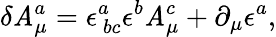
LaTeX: \delta\mathit{A}_{\mu}^{a}=\epsilon_{\ bc}^{a}\epsilon^{b}\mathit{A}_{\mu}^{c}+\partial_{\mu}\epsilon^{a},